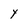
Character: Y